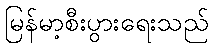
မြန်မာ့စီးပွားရေးသည်